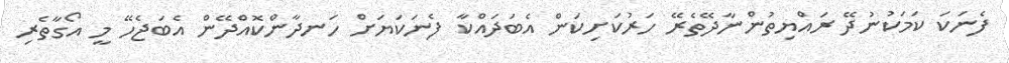
ފެނަކަ ކަމަކުނުދޭ ރައްޔިތުންނާދޭތެރޭ ހަރުކަށިކަން އެބަދައްކާ ފެނަކަޔަށް ހަނދާންކޮއްދޭން އެބަޖެހޭ މީ އޯގާތެރި